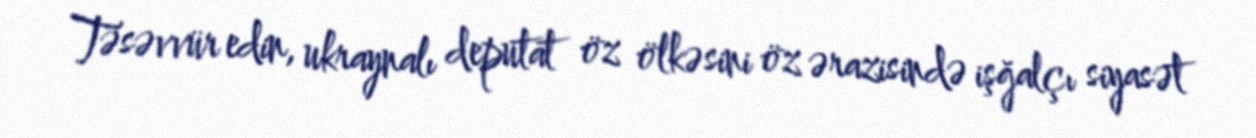
Təsəvvür edin, ukraynalı deputat öz ölkəsini öz ərazisində işğalçı siyasət